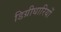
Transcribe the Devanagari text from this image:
डिग्रीधारियों